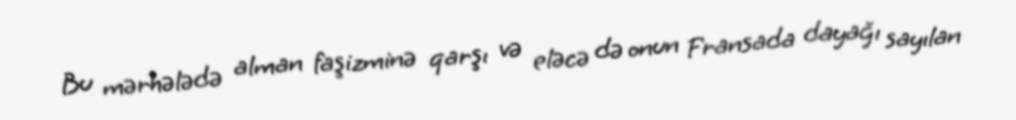
Bu mərhələdə alman faşizminə qarşı və eləcə də onun Fransada dayağı sayılan